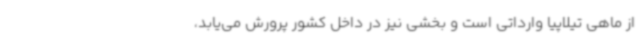
از ماهی تیلاپیا وارداتی است و بخشی نیز در داخل کشور پرورش می‌یابد،